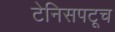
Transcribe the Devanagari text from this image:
टेनिसपटूच